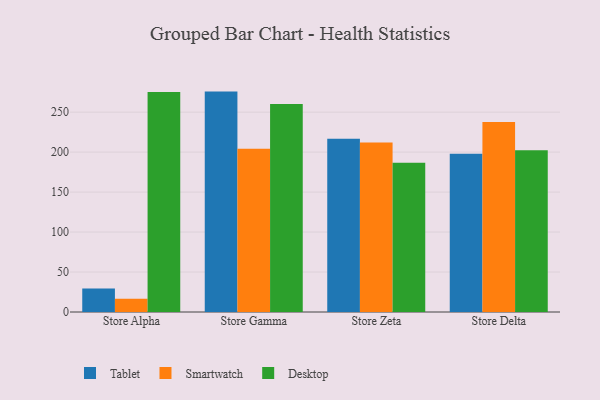
{"axis": {"x": "Store", "y": "Satisfaction Score"}, "legend": ["Desktop", "Smartwatch", "Tablet"], "data": [{"x": "Store Alpha", "y": 29.5, "type": "Tablet"}, {"x": "Store Alpha", "y": 16.7, "type": "Smartwatch"}, {"x": "Store Alpha", "y": 275.2, "type": "Desktop"}, {"x": "Store Gamma", "y": 275.7, "type": "Tablet"}, {"x": "Store Gamma", "y": 204.2, "type": "Smartwatch"}, {"x": "Store Gamma", "y": 260.3, "type": "Desktop"}, {"x": "Store Zeta", "y": 216.8, "type": "Tablet"}, {"x": "Store Zeta", "y": 212.1, "type": "Smartwatch"}, {"x": "Store Zeta", "y": 186.7, "type": "Desktop"}, {"x": "Store Delta", "y": 198.0, "type": "Tablet"}, {"x": "Store Delta", "y": 237.7, "type": "Smartwatch"}, {"x": "Store Delta", "y": 202.4, "type": "Desktop"}]}